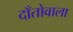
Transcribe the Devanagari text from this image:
दाँतोवाला